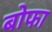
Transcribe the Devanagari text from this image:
बोफा